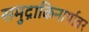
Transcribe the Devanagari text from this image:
समुद्राकिनार्यावर